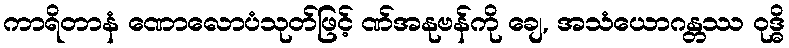
ကာရိတာနံ ဏောလောပံသုတ်ဖြင့် ဏ်အနုဗန်ကို ချေ, အသံယောဂန္တဿ ဝုဒ္ဓိ